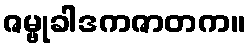
ဇမ္ဗုခါဒကဇာတက။